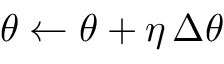
\theta \leftarrow \theta + \eta \, \Delta \theta